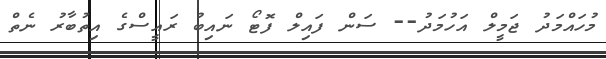
މުހައްމަދު ޖަމީލް އަހުމަދު-- ސަން ފައިލް ފޮޓޯ ނައިބު ރައީސްގެ އިތުބާރު ނެތް